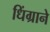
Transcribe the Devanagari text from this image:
धिंग्राने